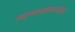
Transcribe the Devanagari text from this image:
लढण्याचाबाळाजींचा